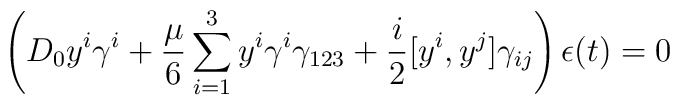
\left(D_0 y^i\gamma^i +      {\mu\over 6} \sum_{i=1}^3 y^i\gamma^i\gamma_{123}     +{i\over 2}[y^i,y^j]\gamma_{ij}\right)\epsilon(t)=0